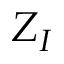
Z _ { I }